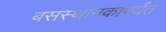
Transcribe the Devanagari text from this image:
बसस्थानकापर्यंत